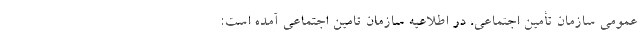
عمومی سازمان تأمین اجتماعی، در اطلاعیه سازمان تامین اجتماعی آمده است: